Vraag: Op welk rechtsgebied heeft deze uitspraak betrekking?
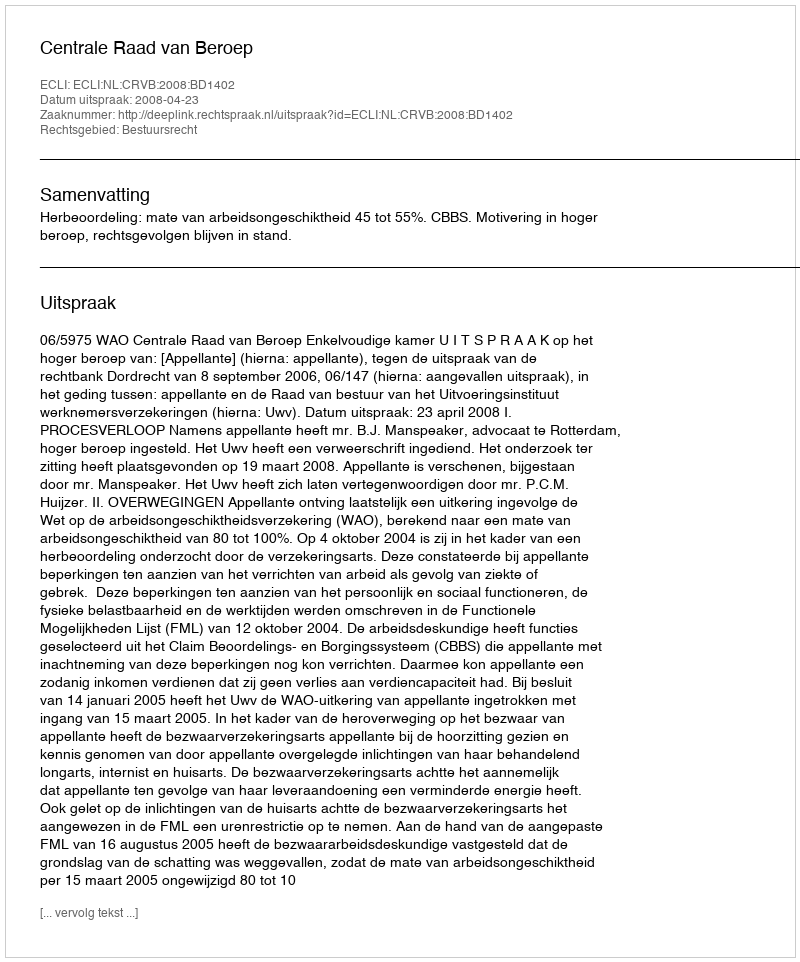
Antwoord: Bestuursrecht